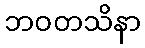
ဘဝတသိနာ